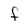
Character: f